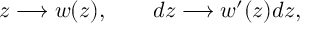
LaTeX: z \longrightarrow w ( z ) , ~ ~ ~ ~ ~ ~ d z \longrightarrow w ^ { \prime } ( z ) d z ,